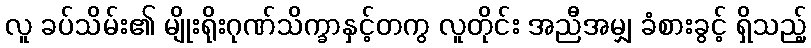
လူ ခပ်သိမ်း၏ မျိုးရိုးဂုဏ်သိက္ခာနှင့်တကွ လူတိုင်း အညီအမျှ ခံစားခွင့် ရှိသည့်